Lunatic asylums Central Provinces reports 1874-1885 - 1874-1885
Year: 1874
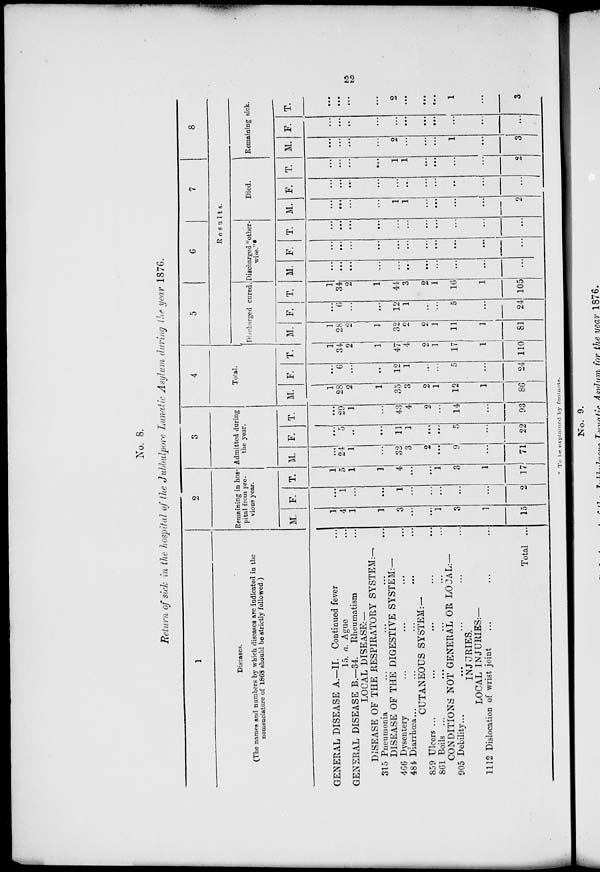
22
No. 8.
Return of sick in the hospital of the Jubbulpore Lunatic Asylum during the year 1876.
1
Diseases.
(The names and numbers by which diseases are indicated in the
nomenclature of 1868 should be strictly followed.)
GENERAL DISEASE A.—II. Continued fever ...
15. a. Ague ...
GENERAL DISEASE B.—34. Rheumatism ...
LOCAL DISEASE:—
DISEASE OF THE RESPIRATORY SYSTEM:—
315 Pneumonia ... ... ... ...
DISEASE OF THE DIGESTIVE SYSTEM:—
466 Dysentery ... ... ... ...
484 Diarrhœa ... ... ... ... ...
CUTANEOUS SYSTEM:—
859 Ulcers ... ... ... ... ...
861 Boils ... ... ... ... ...
CONDITIONS NOT GENERAL OR LOCAL:—
905 Debility... ... ... ... ...
INJURIES.
LOCAL INJURIES:—
1112 Dislocation of wrist joint ... ... ...
Total ...
2
Remaining in hos-
pital from pre-
vious year.
M.
1
4
1
1
3
...
...
1
3
1
15
F.
...
1
...
...
1
...
...
...
...
...
2
T.
1
5
1
1
4
...
...
1
3
1
17
3
Admitted during
the year.
M.
...
24
1
...
32
3
2
...
9
...
71
F.
...
5
...
...
11
1
...
...
5
...
22
T.
...
29
1
...
43
4
2
...
14
...
93
4
Total.
M.
1
28
2
1
35
3
2
1
12
1
86
F.
...
6
...
...
12
1
...
...
5
...
24
T.
1
34
2
1
47
4
2
1
17
1
110
5
6
7
8
Results.
Discharged cured.
M.
1
28
2
1
32
2
2
1
11
1
81
F.
...
6
...
...
12
1
...
...
5
...
24
T.
1
34
2
1
41
3
2
1
16
1
105
Discharged "other-
wise."*
M.
...
...
...
...
...
...
...
...
...
...
...
F.
...
...
...
...
...
...
...
...
...
...
...
T.
...
...
...
...
...
...
...
...
...
...
...
Died.
M.
...
...
...
...
1
1
...
...
...
...
2
F.
...
...
...
...
...
...
...
...
...
...
...
T.
...
...
...
...
1
1
...
...
...
...
2
Remaining sick.
M.
...
...
...
...
2
...
...
...
1
...
3
F.
...
...
...
...
...
...
...
...
...
...
...
T.
...
...
...
...
2
...
...
...
1
...
3
* To be explained by footnote.